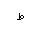
Letter: _da